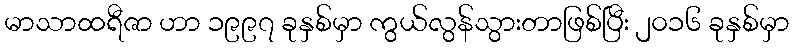
မာသာထရီဇာ ဟာ ၁၉၉၇ ခုနှစ်မှာ ကွယ်လွန်သွားတာဖြစ်ပြီး ၂၀၁၆ ခုနှစ်မှာ